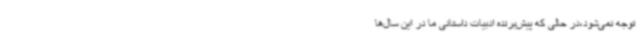
توجه نمی‌شود،در حالی که پیش‌برنده ادبیات داستانی ما در این سال‌ها